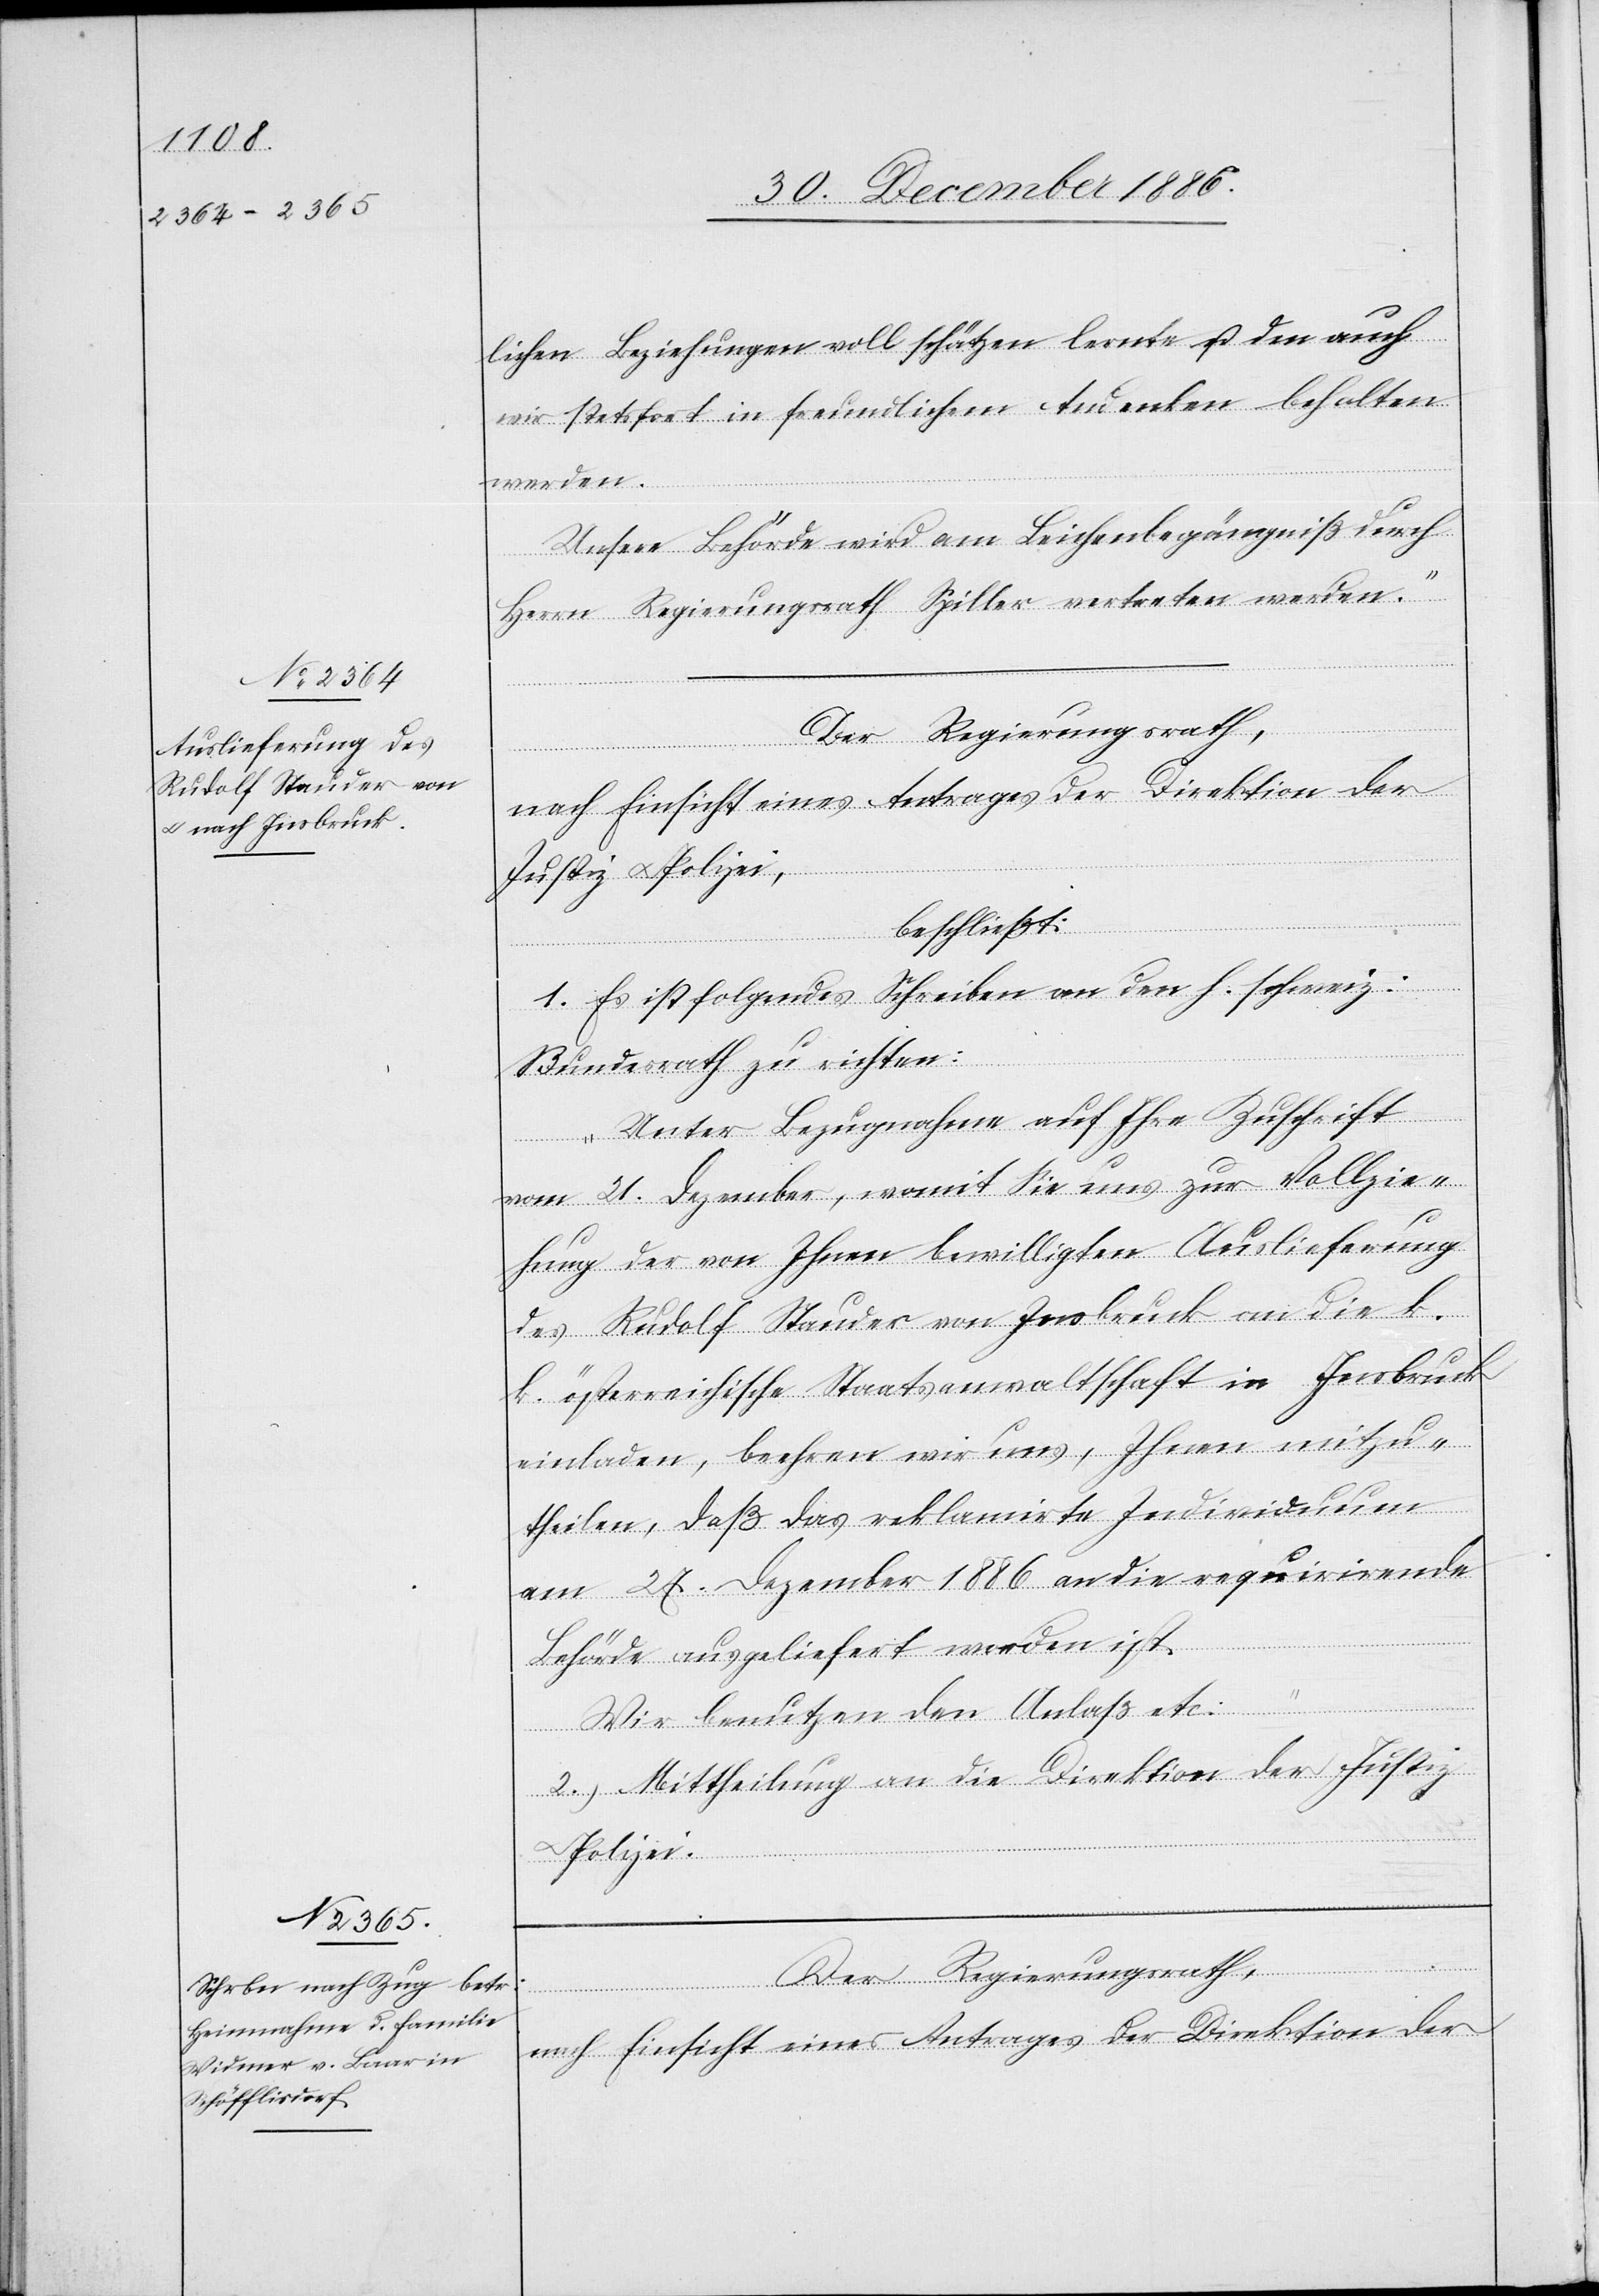
lichen Beziehungen voll schätzen lernte u. den auch
wir stets fort in freundlichem Andenken behalten
werden.
Unsere Behörde wird am Leichenbegängniß durch
Herrn Regierungsrath Spiller vertreten werden.“
Der Regierungsrath,
nach Einsicht eines Antrages der Direktion der
Justiz & Polizei,
beschließt:
1. Es ist folgendes Schreiben an den h. schweiz:
Bundesrath zu richten:
„Unter Bezugnahme auf Ihre Zuschrift
vom 21. Dezember, womit Sie uns zur Vollzie¬
hung der von Ihnen bewilligten Auslieferung
des Rudolf Stauder von Insbruck an die k.
k. österreichische Staatsanwaltschaft in Insbruck
einladen, beehren wir uns, Ihnen mitzu¬
theilen, daß das reklamirte Individuum
am 27. Dezember 1886 an die requirirende
Behörde ausgeliefert worden ist.
Wir benutzen den Anlaß etc:“
2. Mittheilung an die Direktion der Justiz
Polizei.
nach Einsicht eines Antrages der Direktion der